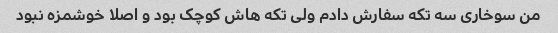
من سوخاری سه تکه سفارش دادم ولی تکه هاش کوچک بود و اصلا خوشمزه نبود